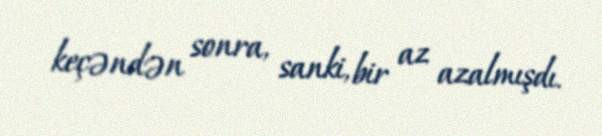
keçəndən sonra, sanki, bir az azalmışdı.